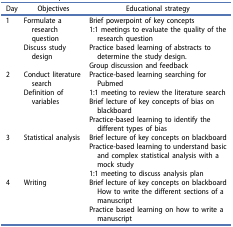
<table><thead><tr><td><b>Day</b></td><td><b>Objectives</b></td><td><b>Educational strategy</b></td></tr></thead><tbody><tr><td>1</td><td>Formulate a research questionDiscuss study design</td><td>Brief powerpoint of key concepts1:1 meetings to evaluate the quality of the research questionPractice based learning of abstracts to determine the study design.Group discussion and feedback</td></tr><tr><td>2</td><td>Conduct literature searchDefinition of variables</td><td>Practice-based learning searching for Pubmed1:1 meeting to review the literature searchBrief lecture of key concepts of bias on blackboardPractice-based learning to identify the different types of bias</td></tr><tr><td>3</td><td>Statistical analysis</td><td>Brief lecture of key concepts on blackboardPractice-based learning to understand basic and complex statistical analysis with a mock study1:1 meeting to discuss analysis plan</td></tr><tr><td>4</td><td>Writing</td><td>Brief lecture of key concepts on blackboard How to write the different sections of a manuscriptPractice based learning on how to write a manuscript</td></tr></tbody></table>